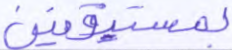
بمستيقنين